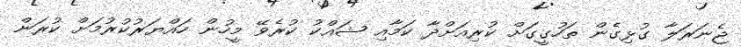
ޖެނަރަލާ ގުޅިގެން ތަހުގީގަށް ކުރިއަށްދާ ކަމާއި ޝައްކު ކުރެވޭ މީހުން ހައްޔަރުކުރުމަށް ކުރަން